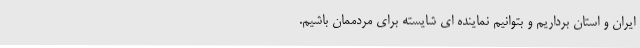
ایران و استان برداریم و بتوانیم نماینده ای شایسته برای مردممان باشیم.